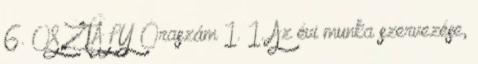
6. OSZTÁLY Óraszám 1. 1. Az évi munka szervezése,